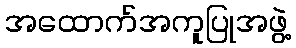
အထောက်အကူပြုအဖွဲ့